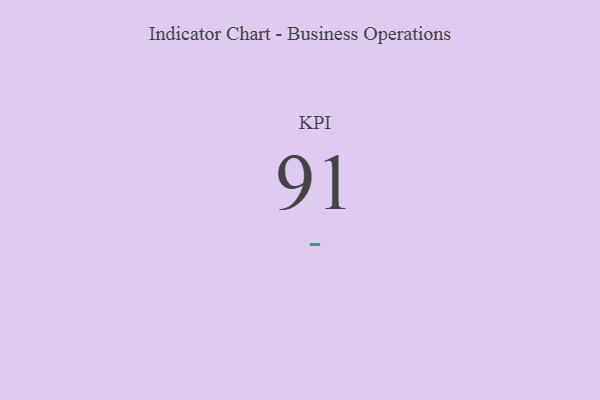
{"axis": {"x": "KPI", "y": "Value"}, "legend": [""], "data": [{"x": "KPI", "y": 91, "type": ""}]}